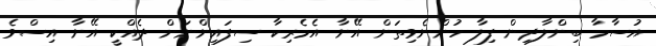
އުސާމާ ބިންލާދިން ފިލާ ހުންނެވިތަން އޭނާ އެމެރިކާ ސިފައިންނަށް ދެއްކީ އޭނާ އިސްވެ